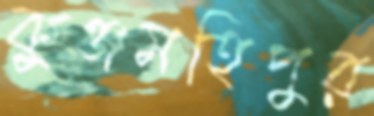
কুঞ্জমহিপুর